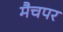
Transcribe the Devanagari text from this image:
मैचपर